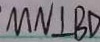
M N \bot B D